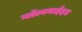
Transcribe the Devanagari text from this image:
ग्लॅल्वनाईझ्ड